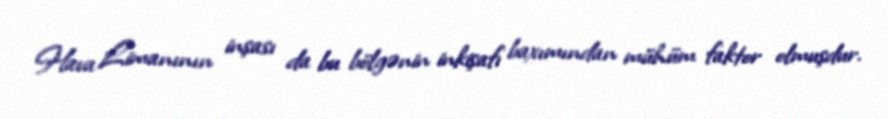
Hava Limanının inşası da bu bölgənin inkişafı baxımından mühüm faktor olmuşdur.